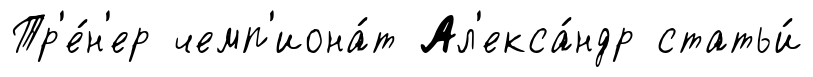
Тр'е́н'ер чемп'иона́т Ал'екса́ндр статьи́